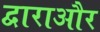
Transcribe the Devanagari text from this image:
द्वाराऔर